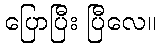
ပြောပြီး ပြီလေ။